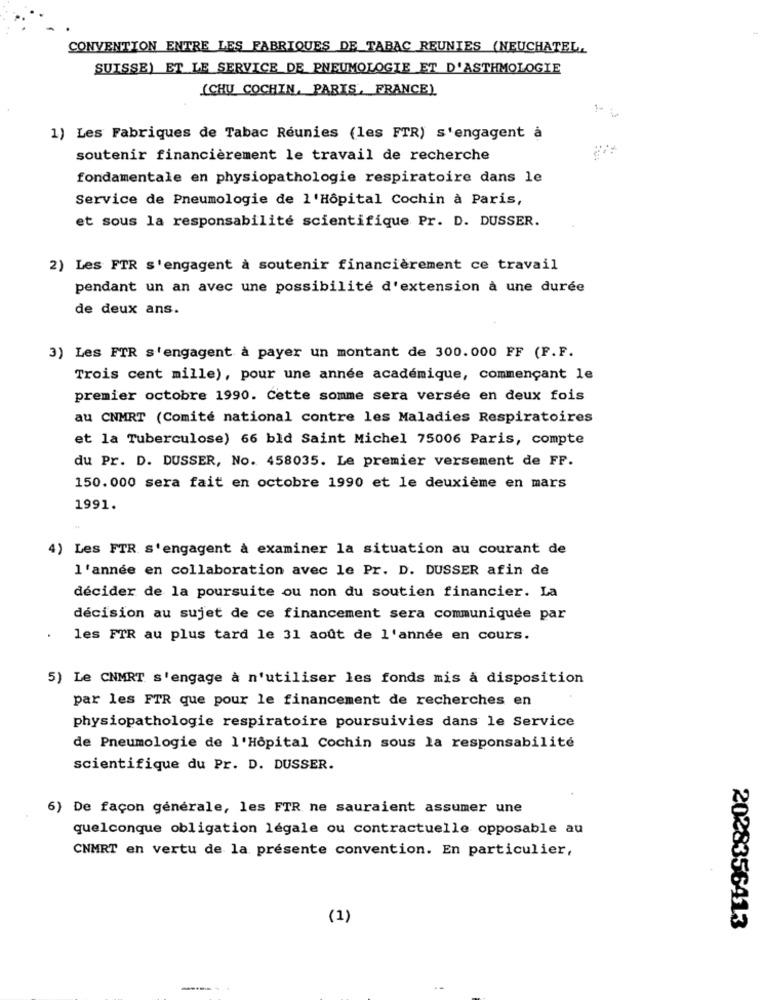
CONVENTION ENTRE LES FABRIQUES DE TABAC REUNIES (NEUCHATEL.
SUISSE) ET LE SERVICE DE PNEUMOLOGIE ET D'ASTHMOLOGIE
(CHU COCHIN, PARIS, FRANCE)
1) Les Fabriques de Tabac Réunies (les FTR) s'engagent à
soutenir financièrement le travail de recherche
fondamentale en physiopathologie respiratoire dans le
Service de Pneumologie de l'Hôpital Cochin à Paris,
et sous la responsabilité scientifique Pr. D. DUSSER.
2) Les FTR s'engagent à soutenir financièrement ce travail
pendant un an avec une possibilité d'extension à une durée
de deux ans.
3) Les FTR s'engagent à payer un montant de 300.000 FF (F.F.
Trois cent mille), pour une année académique, commençant le
premier octobre 1990. Cette somme sera versée en deux fois
au CNMRT (Comité national contre les Maladies Respiratoires
et la Tuberculose) 66 bld Saint Michel 75006 Paris, compte
du Pr. D. DUSSER, No. 458035. Le premier versement de FF.
150.000 sera fait en octobre 1990 et le deuxième en mars
1991.
4) Les FTR s'engagent à examiner la situation au courant de
l'année en collaboration avec le Pr. D. DUSSER afin de
décider de la poursuite ou non du soutien financier. La
décision au sujet de ce financement sera communiquée par
les FTR au plus tard le 31 août de l'année en cours.
5) Le CNMRT s'engage à n'utiliser les fonds mis à disposition
par les FTR que pour le financement de recherches en
physiopathologie respiratoire poursuivies dans le Service
de Pneumologie de l'Hôpital Cochin sous la responsabilité
scientifique du Pr. D. DUSSER.
6) De façon générale, les FTR ne sauraient assumer une
quelconque obligation légale ou contractuelle opposable au
CNMRT en vertu de la présente convention. En particulier,
(1)
2028356413